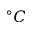
^ \circ C